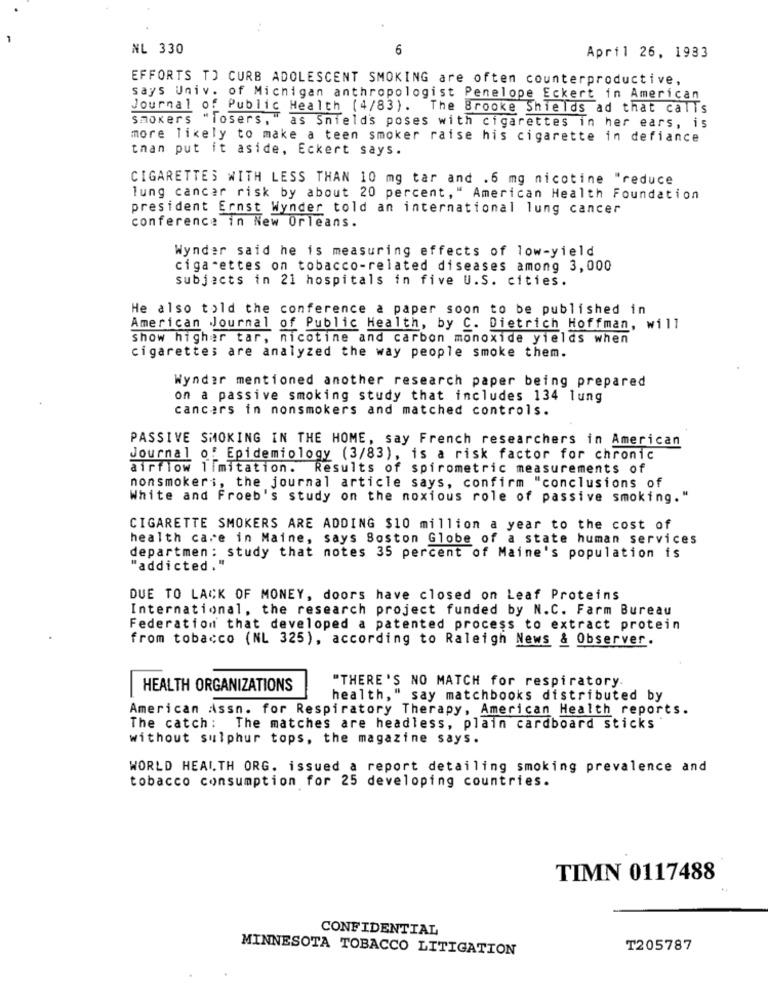
NL 330
6
April 26, 1933
EFFORTS TO CURB ADOLESCENT SMOKING are often counterproductive,
says Univ. of Michigan anthropologist Penelope Eckert in American
Journal of Public Health (4/83). The Brooke Shields ad that calls
smokers "losers. "as Snields poses with cigarettes in her ears, is
more likely to make a teen smoker raise his cigarette in defiance
than put it aside, Eckert says.
CIGARETTES WITH LESS THAN 10 mg tar and .6 mg nicotine "reduce
lung cancer risk by about 20 percent," American Health Foundation
president Ernst Wynder told an international lung cancer
conference in New Orleans.
Wynder said he is measuring effects of low-yield
cigarettes on tobacco-related diseases among 3,000
subjects in 21 hospitals in five U.S. cities.
He also told the conference a paper soon to be published in
American Journal of Public Health, by C. Dietrich Hoffman, will
show higher tar, nicotine and carbon monoxide yields when
cigarettes are analyzed the way people smoke them.
Wynder mentioned another research paper being prepared
on a passive smoking study that includes 134 lung
cancers in nonsmokers and matched controls.
PASSIVE SMOKING IN THE HOME, say French researchers in American
Journal of Epidemiology (3/83), is a risk factor for chronic
airflow limitation. Results of spirometric measurements of
nonsmoker ;, the journal article says, confirm "conclusions of
White and Froeb's study on the noxious role of passive smoking."
CIGARETTE SMOKERS ARE ADDING $10 million a year to the cost of
health care in Maine, says Boston Globe of a state human services
departmen: study that notes 35 percent of Maine's population is
"addicted . "
DUE TO LACK OF MONEY, doors have closed on Leaf Proteins
International, the research project funded by N.C. Farm Bureau
Federation that developed a patented process to extract protein
from tobacco (NL 325), according to Raleigh News & Observer.
"THERE'S NO MATCH for respiratory.
HEALTH ORGANIZATIONS
health," say matchbooks distributed by
American Assn. for Respiratory Therapy, American Health reports.
The catch: The matches are headless, plain cardboard sticks
without sulphur tops, the magazine says.
WORLD HEALTH ORG. issued a report detailing smoking prevalence and
tobacco consumption for 25 developing countries.
TIMN 0117488
CONFIDENTIAL
MINNESOTA TOBACCO LITIGATION
T205787